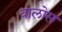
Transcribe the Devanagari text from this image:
वालोस